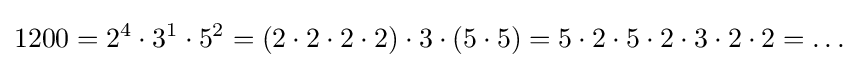
1200=2^{4}\cdot 3^{1}\cdot 5^{2}=(2\cdot 2\cdot 2\cdot 2)\cdot 3\cdot (5\cdot 5)=5\cdot 2\cdot 5\cdot 2\cdot 3\cdot 2\cdot 2=\ldots